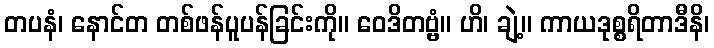
တပနံ၊ နောင်တ တစ်ဖန်ပူပန်ခြင်းကို။ ဝေဒိတဗ္ဗံ။ ဟိ၊ ချဲ့။ ကာယဒုစ္စရိတာဒီနိ၊